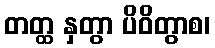
တတ္ထ နှတွာ ပိဝိတွာစ၊